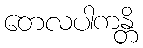
တေလပါကန္တိ